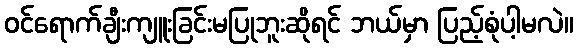
ဝင်ရောက်ချီးကျူးခြင်းမပြုဘူးဆိုရင် ဘယ်မှာ ပြည့်စုံပါ့မလဲ။